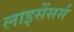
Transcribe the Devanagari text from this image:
लाइसेंसर्स